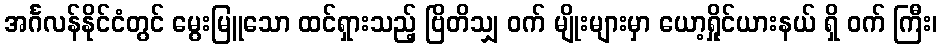
အင်္ဂလန်နိုင်ငံတွင် မွေးမြူသော ထင်ရှားသည့် ဗြိတိသျှ ဝက် မျိုးများမှာ ယော့ရှိုင်ယားနယ် ရှိ ဝက် ကြီး၊